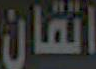
اتقان